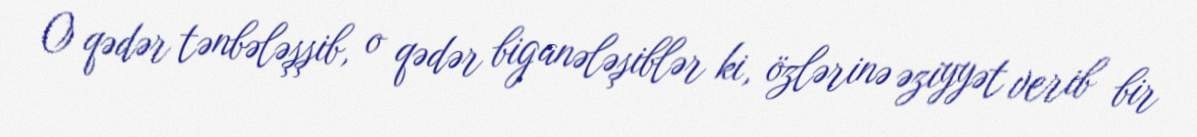
O qədər tənbələşşib, o qədər biganələşiblər ki, özlərinə əziyyət verib bir